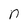
Character: n